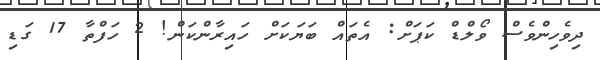
ދިވެހިންވެސް ވޯލްޑް ކަޕަށް: އެތައް ބަޔަކަށް ހައިރާންކަން! 2 ހަފްތާ 17 ގަޑި